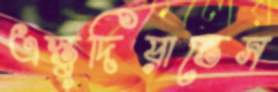
এস্তুদিয়ান্তেস